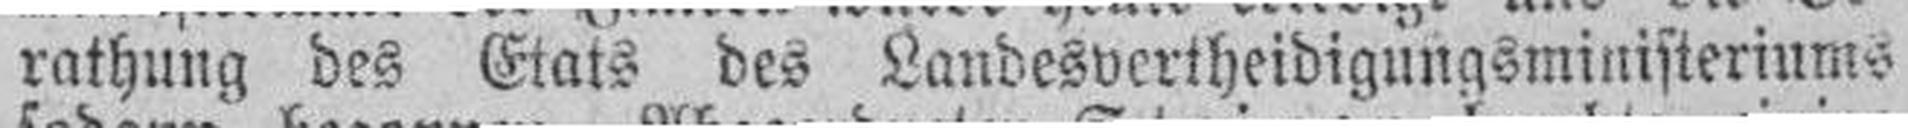
rathung des Etats des Landesvertheidigungsministeriums